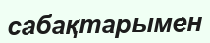
сабақтарымен